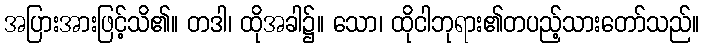
အပြားအားဖြင့်သိ၏။ တဒါ၊ ထိုအခါ၌။ သော၊ ထိုငါဘုရား၏တပည့်သားတော်သည်။